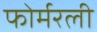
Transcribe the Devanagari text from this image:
फोर्मरली